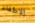
الاطفاء